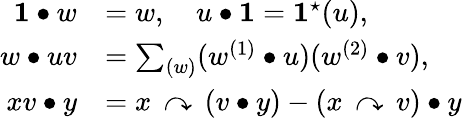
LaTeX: \begin{array}{rl}{\mathbf{1}\bullet w}&{=w,\quad u\bullet\mathbf{1}=\mathbf{1}^{\star}(u),}\\ {w\bullet uv}&{=\sum_{(w)}(w^{(1)}\bullet u)(w^{(2)}\bullet v),}\\ {xv\bullet y}&{=x\, \curvearrowright\, (v\bullet y)-(x\, \curvearrowright\, v)\bullet y}\end{array}